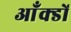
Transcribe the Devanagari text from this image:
आँक्डों